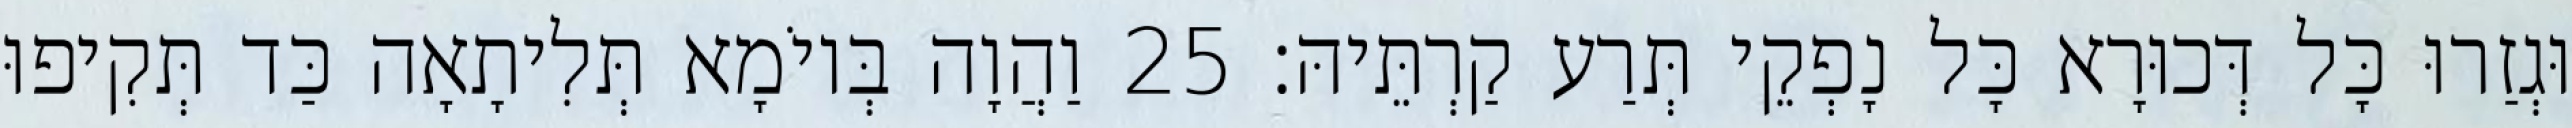
וּגְזַרוּ כָּל דְּכוּרָא כָּל נָפְקֵי תְּרַע קַרְתֵּיהּ׃ 25 וַהֲוָה בְּיוֹמָא תְּלִיתָאָה כַּד תְּקִיפוּ